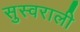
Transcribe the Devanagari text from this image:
सुस्वराली